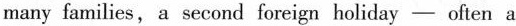
many families, a second foreign holiday—often a